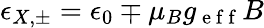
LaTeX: \epsilon_{X,\pm}=\epsilon_{0}\mp\mu_{B}g_{\mathrm{~e~f~f~}}B